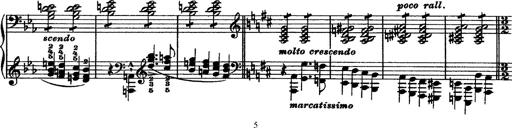
Title: Piano Sonata
Composer: Karl HÃ¤ssler
Key: C major